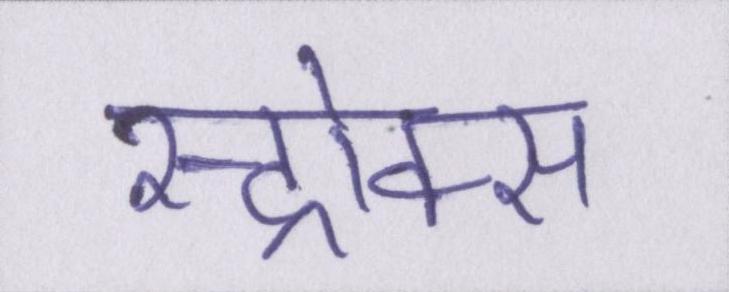
स्ट्रोक्स